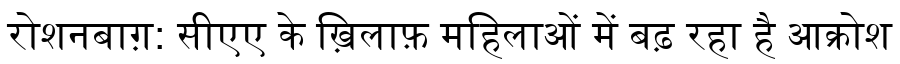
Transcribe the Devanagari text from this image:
रोशनबाग़: सीएए के ख़िलाफ़ महिलाओं में बढ़ रहा है आक्रोश